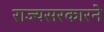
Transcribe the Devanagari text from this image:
राज्यसरकारने